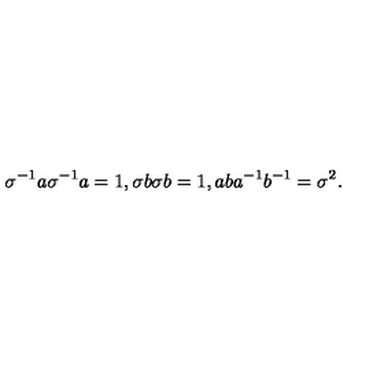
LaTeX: \sigma ^ { - 1 } a \sigma ^ { - 1 } a = 1 , \sigma b \sigma b = 1 , a b a ^ { - 1 } b ^ { - 1 } = \sigma ^ { 2 } .